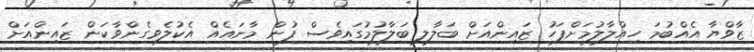
ޒާވްޔާ އެއްބުމަ ހިއްލާލުމަށްފަހު ޒައިންއަށް ބަލާލި ބަލާލުމުގައިވެސް ފުން މާނައެއް އެކުލެވިގެންވާކަން ޒައިންއަށް